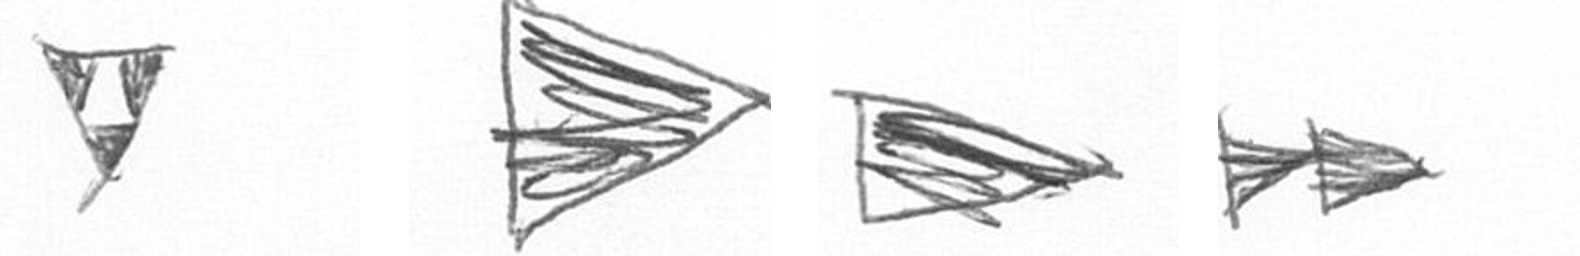
S T T A